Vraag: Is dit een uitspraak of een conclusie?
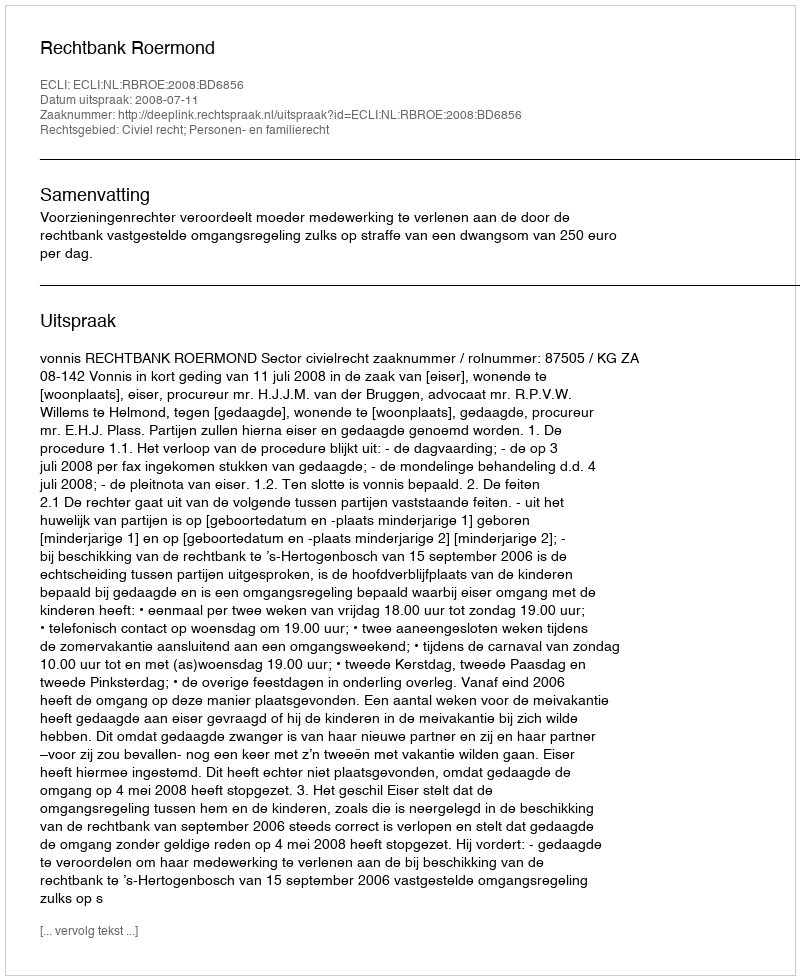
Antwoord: Uitspraak